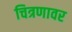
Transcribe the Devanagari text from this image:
चित्रणावर